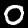
Digit: 0